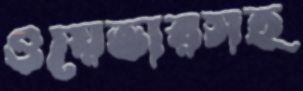
ওয়েভারসহ